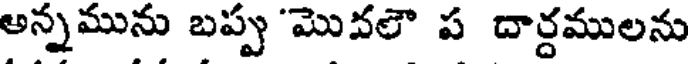
అన్నమును బప్పు'మొవలౌ ప దార్దములను